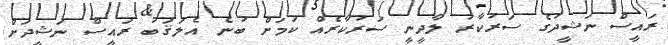
ރައީސް ނަޝީދުގެ ސަރުކާރު ލާދީނީ ސަރުކާރެއް ކަމަށް ބުނެ އެލަޤަބު ރައީސް ނަޝީދަށް